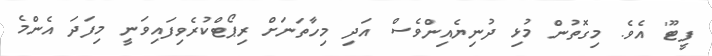
ފީޓޫ' އެވެ. މިގޮތުން މުޅި ދުނިޔެއިންވެސް އަދި މިހާތަނަށް ރިޕޯޓްކުރެވިފައިވަނީ މިފަދަ އެންމެ